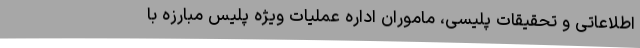
اطلاعاتی و تحقیقات پلیسی، ماموران اداره عملیات ویژه پلیس مبارزه با